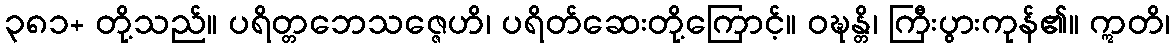
၃၈၁+ တို့သည်။ ပရိတ္တဘေသဇ္ဇေဟိ၊ ပရိတ်ဆေးတို့ကြောင့်။ ဝဍ္ဎန္တိ၊ ကြီးပွားကုန်၏။ ဣတိ၊